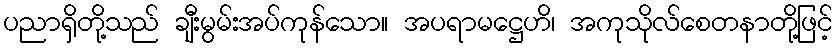
ပညာရှိတို့သည် ချီးမွမ်းအပ်ကုန်သော။ အပရာမဋ္ဌေဟိ၊ အကုသိုလ်စေတနာတို့ဖြင့်